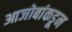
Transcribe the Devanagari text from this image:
आजोबांकडून